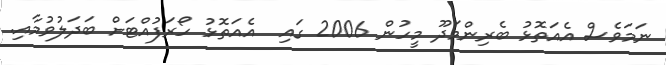
ނަމަވެސް އެއަތޮޅު ބެރިންމަދޫ މީހުން 2006 ގައި  އެއަތޮޅު ހޯރަފުއްޓަށް ބަދަލުވުމާއި.